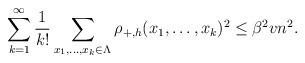
LaTeX: \begin{align*} \sum_{k=1}^\infty\frac{1}{k!}\sum_{x_1,\ldots, x_k\in \Lambda}\rho_{+,h}(x_1,\ldots,x_k)^2\le \beta^2vn^2. \end{align*}